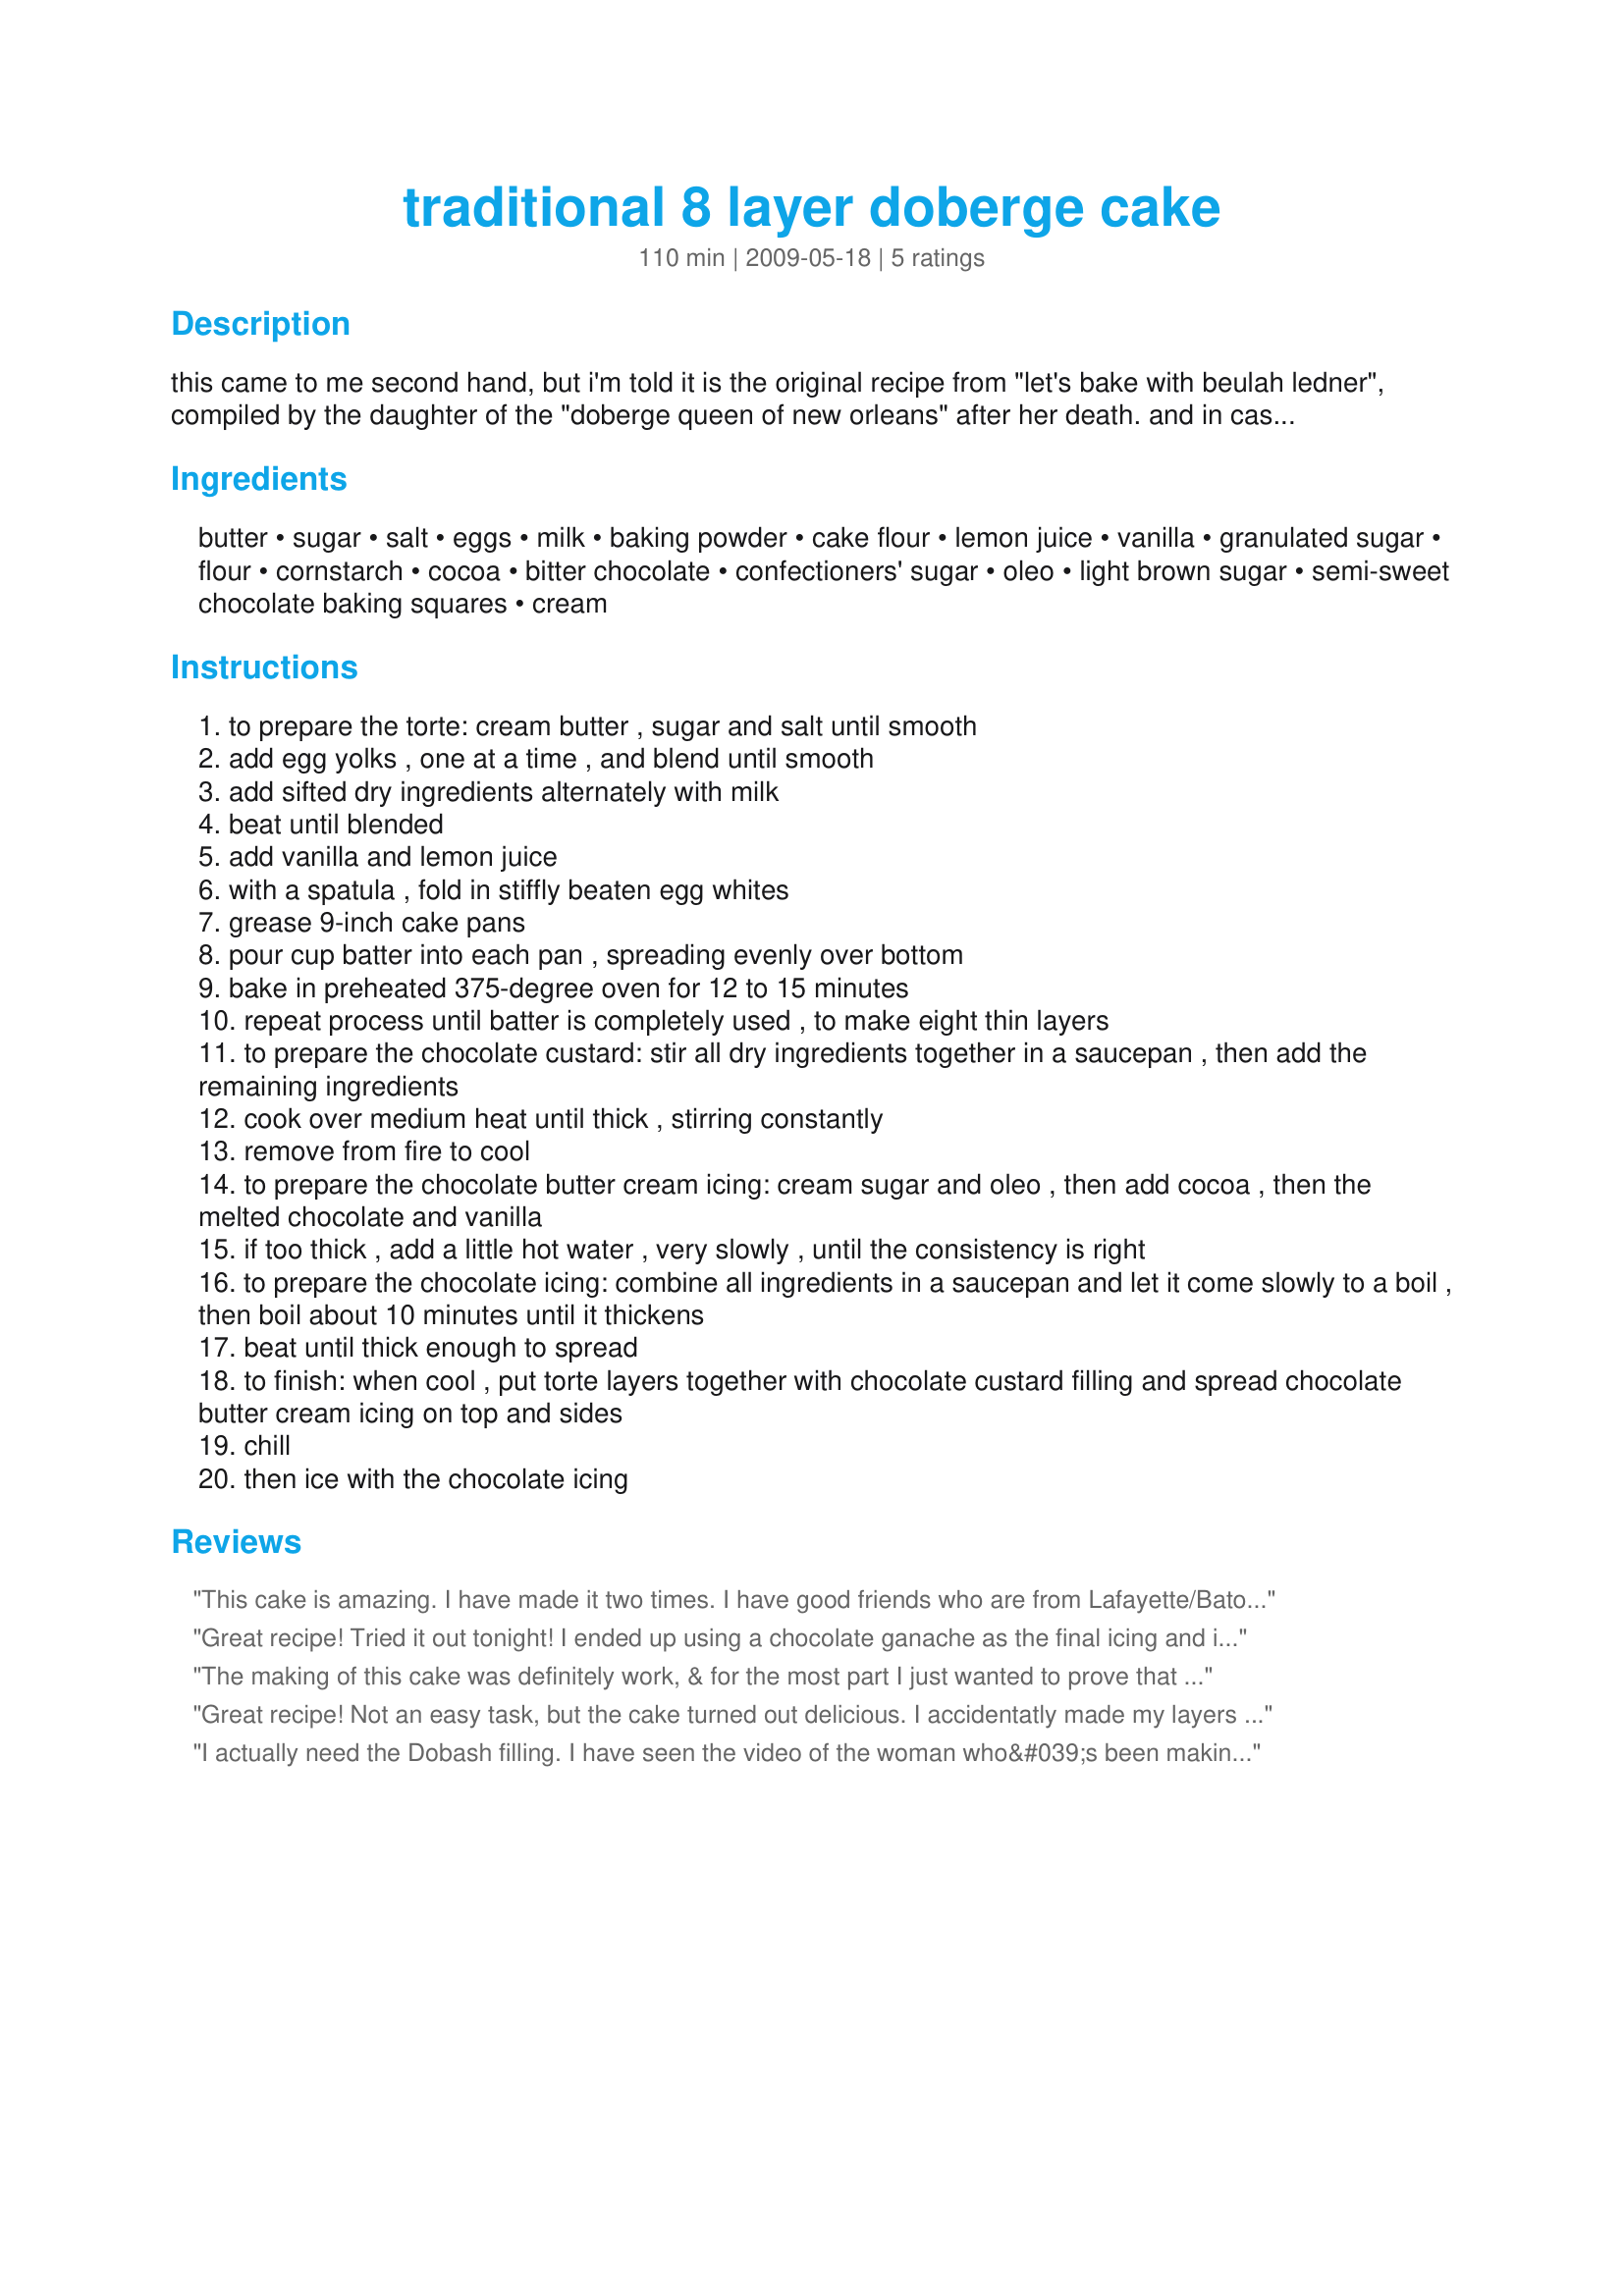
traditional 8 layer doberge cake
Preparation time: 110 minutes

this came to me second hand, but i'm told it is the original recipe from "let's bake with beulah ledner", compiled by the daughter of the "doberge queen of new orleans" after her death. and in case you are interested, the louisianna pronunciation of "doberge" is "dough-bosh"...

this is an impressive cake....and does require an impressive effort!!

all ingredients should be at room temperature before you begin. the prep and cook time are estimates (edited after syd's review so hopefully pretty close) and do not include cooling/chillilng time. good luck!

Ingredients:
butter, sugar, salt, eggs, milk, baking powder, cake flour, lemon juice, vanilla, granulated sugar, flour, cornstarch, cocoa, bitter chocolate, confectioners' sugar, oleo, light brown sugar, semi-sweet chocolate baking squares, cream

Steps:
to prepare the torte: cream butter , sugar and salt until smooth
add egg yolks , one at a time , and blend until smooth
add sifted dry ingredients alternately with milk
beat until blended
add vanilla and lemon juice
with a spatula , fold in stiffly beaten egg whites
grease 9-inch cake pans
pour cup batter into each pan , spreading evenly over bottom
bake in preheated 375-degree oven for 12 to 15 minutes
repeat process until batter is completely used , to make eight thin layers
to prepare the chocolate custard: stir all dry ingredients together in a saucepan , then add the remaining ingredients
cook over medium heat until thick , stirring constantly
remove from fire to cool
to prepare the chocolate butter cream icing: cream sugar and oleo , then add cocoa , then the melted chocolate and vanilla
if too thick , add a little hot water , very slowly , until the consistency is right
to prepare the chocolate icing: combine all ingredients in a saucepan and let it come slowly to a boil , then boil about 10 minutes until it thickens
beat until thick enough to spread
to finish: when cool , put torte layers together with chocolate custard filling and spread chocolate butter cream icing on top and sides
chill
then ice with the chocolate icing

Reviews:
This cake is amazing. I have made it two times. I have good friends who are from Lafayette/Baton Rouge LA. Last year they requested I make this cake. After much research, I chose this particular recipe. They said it was better than the cakes they buy in Louisanna.&lt;br/&gt;&lt;br/&gt;I follow the directions with a few exceptions. I make the custard first, so it can be cooling while I am making the cake layers. When I make it, I combine the dry ingredients in a saucepan and combine the milk and eggs. I chop the bitter chocolate and have it and the vanilla and butter ready to add to the cooked custard. After cooking the custard, I put it through a fine sieve before adding the chocolate, butter and vanilla. I then put a piece of plastic wrap on top to prevent a film.&lt;br/&gt;&lt;br/&gt;The only difference I make in the cake is that I use parchment paper in the bottom of the baking pans. It makes flipping the layers out of the pans much easier.&lt;br/&gt;&lt;br/&gt;I start assembling the cake while the layers are still baking, as it takes only a few minutes for them to cool. I also borrow my husband&#039;s small level to make sure I keep everything level while assembling the cake.&lt;br/&gt;&lt;br/&gt;The first layer of icing is very thick. It is actually a lot like glue. Next time I make it, I will probably add one more ounce of melted bitter chocolate.&lt;br/&gt;&lt;br/&gt;Yes, this cake is a lot of work. All in, it takes me around five hours to make.
Great recipe! Tried it out tonight! I ended up using a chocolate ganache as the final icing and it was fab!
The making of this cake was definitely work, & for the most part I just wanted to prove that I could do it! I followed the recipe right down to the last period, & I'm figuring the total time spend was something less than 2 1/2 hours ~ That included 85 minutes of cooking time & 25 minutes of prep, along with additional time for the cake to cool & for the partially frosted cake to chill! Still, I thoroughly enjoyed making this GREAT TASTING CAKE, but then, I'm a chocoholic! I had company who helped us eat this wonderful chocolate treat, & I actually got 12 servings out of it! Thanks for an absolutely enjoyable experience! [Tagged, made & reviewed while in New Orleans on the ZWT5]
Great recipe! Not an easy task, but the cake turned out delicious. I accidentatly made my layers a little too thick so it turned into a 6 layer cake instead of an 8 layer cake. I did have left over custard and frosting which I am not sure if that was correct but it still turned out well!
I actually need the Dobash filling. I have seen the video of the woman who&#039;s been making the cakes at Gambinos forever. Her Dobash is dark dark and very thick. I followed the recipe to a T bit the final product came out as a delicious milk chocolate pudding. Any ideas why? Use more of the chocolate squares? Cook longer? It was sort of that almost black, and super thick glossy filing i was expecting. All said, still yummy. .. but as pudding
